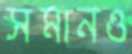
সমানও